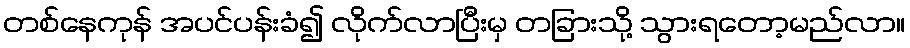
တစ်နေကုန် အပင်ပန်းခံ၍ လိုက်လာပြီးမှ တခြားသို့ သွားရတော့မည်လာ။